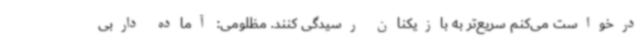
درخواست می‌کنم سریع‌تر به بازیکنان رسیدگی کنند. مظلومی: آماده داربی